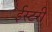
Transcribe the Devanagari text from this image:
ईस्टरी